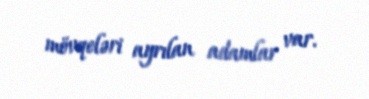
mövqeləri ayrılan adamlar var.